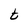
Character: t